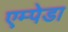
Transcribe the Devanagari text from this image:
एम्पेडा